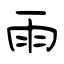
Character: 雨